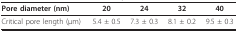
| Pore diameter (nm) | 20 | 24 | 32 | 40 |
 | --- | --- | --- | --- | --- |
 | Critical pore length (μm) | 5.4 ± 0.5 | 7.3 ± 0.3 | 8.1 ± 0.2 | 9.5 ± 0.3 |